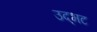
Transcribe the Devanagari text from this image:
उद्‌भट